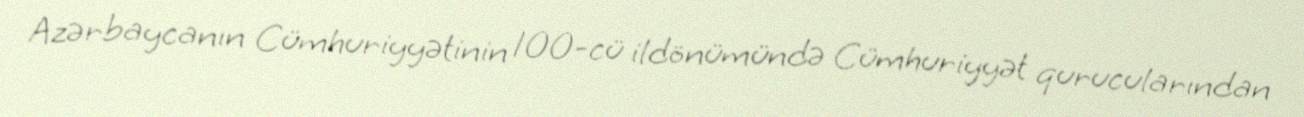
Azərbaycanın Cümhuriyyətinin 100-cü ildönümündə Cümhuriyyət qurucularından